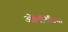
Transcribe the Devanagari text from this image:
ओमेटिडिया